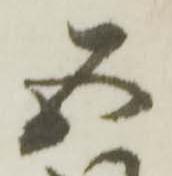
五